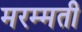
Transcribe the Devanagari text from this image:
मरम्‍मती